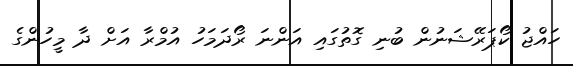
ހައްޖު ކޯޕަރޭޝަނުން ބުނި ގޮތުގައި އަންނަ ރޯދަމަހު އުމްރާ އަށް ދާ މީހުންގެ